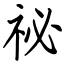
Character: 祕